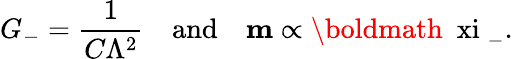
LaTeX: G_{-}=\frac{1}{C\Lambda^{2}}\quad\mathrm{and}\quad{\mathbf m}\propto\mathrm{\boldmath~\ xi~}_{-}.